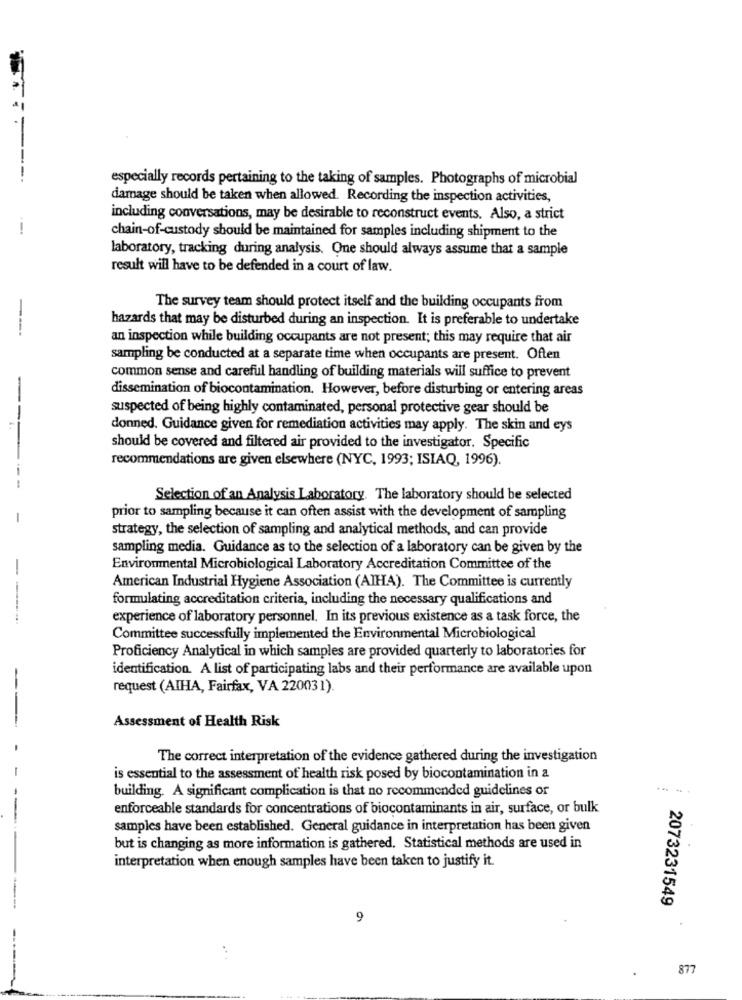
especially records pertaining to the taking of samples. Photographs of microbial
damage should be taken when allowed. Recording the inspection activities,
including conversations, may be desirable to reconstruct events. Also, a strict
chain-of-custody should be maintained for samples including shipment to the
laboratory, tracking during analysis. One should always assume that a sample
result will have to be defended in a court of law.
The survey team should protect itself and the building occupants from
hazards that may be disturbed during an inspection. It is preferable to undertake
----
an inspection while building occupants are not present; this may require that air
sampling be conducted at a separate time when occupants are present. Often
common sense and careful handling of building materials will suffice to prevent
dissemination of biocontamination. However, before disturbing or entering areas
suspected of being highly contaminated, personal protective gear should be
--
donned. Guidance given for remediation activities may apply. The skin and eys
should be covered and filtered air provided to the investigator. Specific
recommendations are given elsewhere (NYC, 1993; ISIAQ, 1996).
--
Selection of an Analysis Laboratory. The laboratory should be selected
-
prior to sampling because it can often assist with the development of sampling
strategy, the selection of sampling and analytical methods, and can provide
sampling media. Guidance as to the selection of a laboratory can be given by the
-
Environmental Microbiological Laboratory Accreditation Committee of the
American Industrial Hygiene Association (AIHA). The Committee is currently
formulating accreditation criteria, including the necessary qualifications and
experience of laboratory personnel. In its previous existence as a task force, the
Committee successfully implemented the Environmental Microbiological
Proficiency Analytical in which samples are provided quarterly to laboratories for
identification. A list of participating labs and their performance are available upon
request (AIHA, Fairfax, VA 220031).
Assessment of Health Risk
--
The correct interpretation of the evidence gathered during the investigation
is essential to the assessment of health risk posed by biocontamination in a
building. A significant complication is that no recommended guidelines or
enforceable standards for concentrations of biocontaminants in air, surface, or bulk
samples have been established. General guidance in interpretation has been given
----
but is changing as more information is gathered. Statistical methods are used in
interpretation when enough samples have been taken to justify it.
2073231549
9
-
..
877